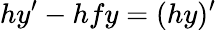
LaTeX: hy^{\prime}-hfy=(hy)^{\prime}